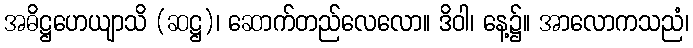
အဓိဋ္ဌဟေယျာသိ (ဆဋ္ဌ)၊ ဆောက်တည်လေလော။ ဒိဝါ၊ နေ့၌။ အာလောကသညံ၊